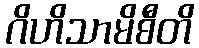
ဂိဟိသာမိစီတိ